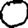
Digit: 0